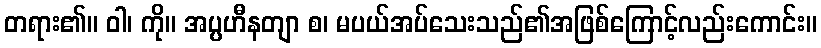
တရား၏။ ဝါ၊ ကို။ အပ္ပဟီနတျာ စ၊ မပယ်အပ်သေးသည်၏အဖြစ်ကြောင့်လည်းကောင်း။